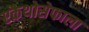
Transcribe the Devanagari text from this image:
एकैथोसेफाला